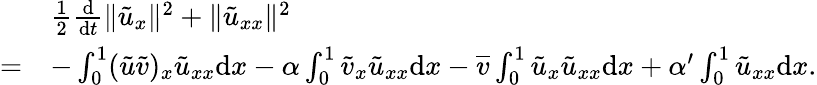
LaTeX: \begin{array}{rl}&{\frac 12\frac{\mathrm{d}}{\mathrm{d}t}\| {\tilde{u}}_{x}\| ^{2}+\| {\tilde{u}}_{xx}\| ^{2}}\\ {=}&{-\int_{0}^{1}({\tilde{u}}{\tilde{v}})_{x}{\tilde{u}}_{xx}{\mathrm{d}x}-\alpha\int_{0}^{1}{\tilde{v}}_{x}{\tilde{u}}_{xx}{\mathrm{d}x}-\overline{{v}}\int_{0}^{1}{\tilde{u}}_{x}{\tilde{u}}_{xx}{\mathrm{d}x}+\alpha^{\prime}\int_{0}^{1}{\tilde{u}}_{xx}{\mathrm{d}x}.}\end{array}